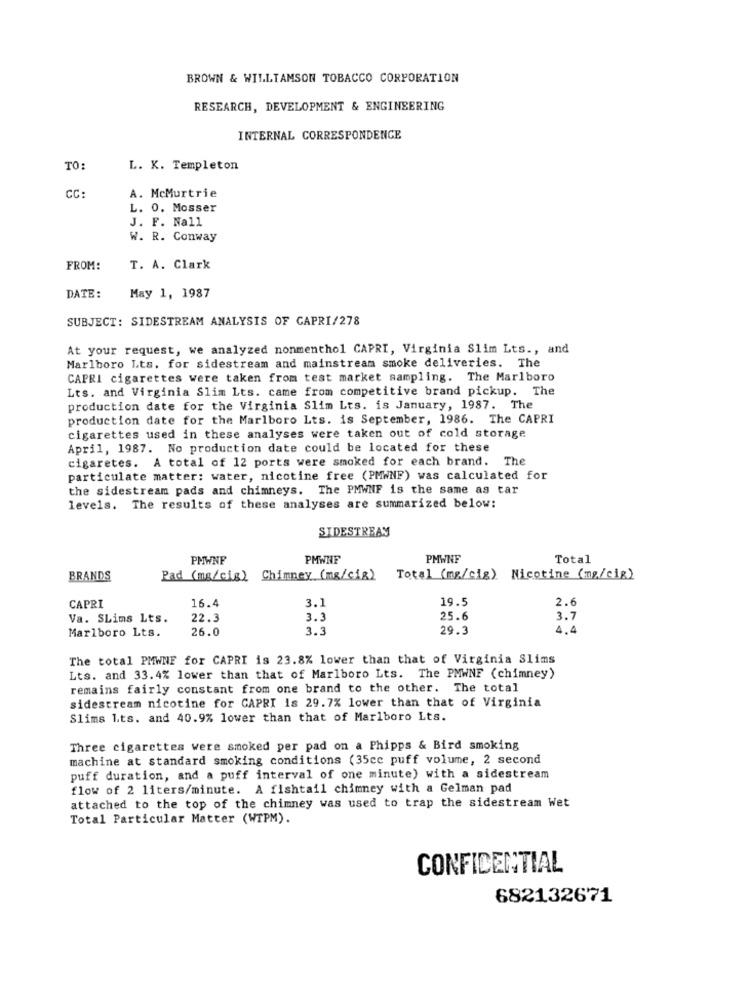
BROWN & WILLIAMSON TOBACCO CORPORATION
RESEARCH, DEVELOPMENT & ENGINEERING
INTERNAL CORRESPONDENCE
TO:
L. K. Templeton
CC:
A. McMurtrie
L. 0. Mosser
J. F. Nall
W. R. Conway
FROM:
T. A. Clark
DATE:
May 1, 1987
SUBJECT: SIDESTREAM ANALYSIS OF CAPRI/278
At your request, we analyzed nonmenthol CAPRI, Virginia Slim Lts ., and
Marlboro Lts. for sidestream and mainstream smoke deliveries. The
CAPRI cigarettes were taken from test market sampling. The Marlboro
Lts. and Virginia Slim Lts. came from competitive brand pickup. The
production date for the Virginia Slim Lts. is January, 1987. The
production date for the Marlboro Lts. is September, 1986. The CAPRI
cigarettes used in these analyses were taken out of cold storage
April, 1987. No production date could be located for these
cigaretes. A total of 12 ports were smoked for each brand. The
particulate matter: water, nicotine free (PMWNF) was calculated for
the sidestream pads and chimneys. The PMWNF is the same as tar
levels. The results of these analyses are summarized below:
SIDESTREAM
PMWNF
PMWNF
PMWNF
Total
BRANDS
Pad (mg/cis) Chimney (ms/cia) Total (mg/cig) Nicotine (mg/cig)
16.4
3.
19.5
2.6
CAPRI
Va. SLims Lts.
22.3
3.3
25.6
3.7
Marlboro Lts.
26.0
3.3
29.3
4.4
The total PMWNE for CAPRI is 23.8% lower than that of Virginia Slims
Lts. and 33.4% lower than that of Marlboro Lts. The PMWNF (chimney)
remains fairly constant from one brand to the other. The total
sidestream nicotine for CAPRI is 29.7% lower than that of Virginia
Slims 1.ts. and 40.9% lower than that of Marlboro Lts.
Three cigarettes were smoked per pad on a Phipps & Bird smoking
machine at standard smoking conditions (35cc puff volume, 2 second
puff duration, and a puff interval of one minute) with a sidestream
flow of 2 liters/minute. A fishtail chimney with a Gelman pad
attached to the top of the chimney was used to trap the sidestream Wet
Total Particular Matter (WTPM).
CONFIDENTIAL
682132671